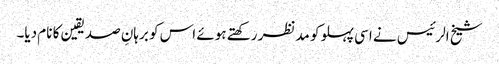
شیخ الرئیس نے اسی پہلو کو مدنظر رکھتے ہوئے اس کو برہانِ صدیقین کا نام دیا۔